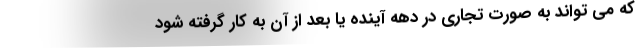
که می تواند به صورت تجاری در دهه آینده یا بعد از آن به کار گرفته شود